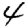
Digit: 4